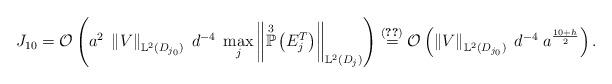
LaTeX: \begin{align*}J_{10} = \mathcal{O}\left( a^{2} \; \left\Vert V \right\Vert_{\mathbb{L}^{2}(D_{j_{0}})} \; d^{-4} \; \max_{j} \left\Vert \overset{3}{\mathbb{P}}\left(E^{T}_j\right) \right\Vert_{\mathbb{L}^{2}(D_j)} \right) \overset{(\ref{max-P1P3})}{=} \mathcal{O}\left( \left\Vert V \right\Vert_{\mathbb{L}^{2}(D_{j_{0}})} \; d^{-4} \; a^{\frac{10+h}{2}} \right).\end{align*}